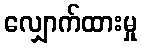
လျှောက်ထားမှု